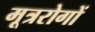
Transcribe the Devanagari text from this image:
मूत्ररोगों